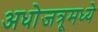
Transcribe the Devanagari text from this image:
अधोजत्रूमध्ये